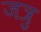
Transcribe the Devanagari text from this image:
जत्रु